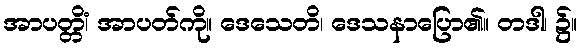
အာပတ္တိံ၊ အာပတ်ကို။ ဒေသေတိ၊ ဒေသနာပြော၏။ တဒါ၊ ၌။